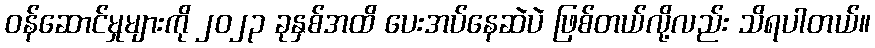
ဝန်ဆောင်မှုများကို ၂၀၂၃ ခုနှစ်အထိ ပေးအပ်နေဆဲပဲ ဖြစ်တယ်လို့လည်း သိရပါတယ်။